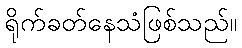
ရိုက်ခတ်နေသံဖြစ်သည်။